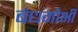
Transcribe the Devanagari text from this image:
बंधगोभी